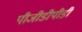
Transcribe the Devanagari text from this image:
पीजीडीपीडी